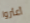
أعثروا